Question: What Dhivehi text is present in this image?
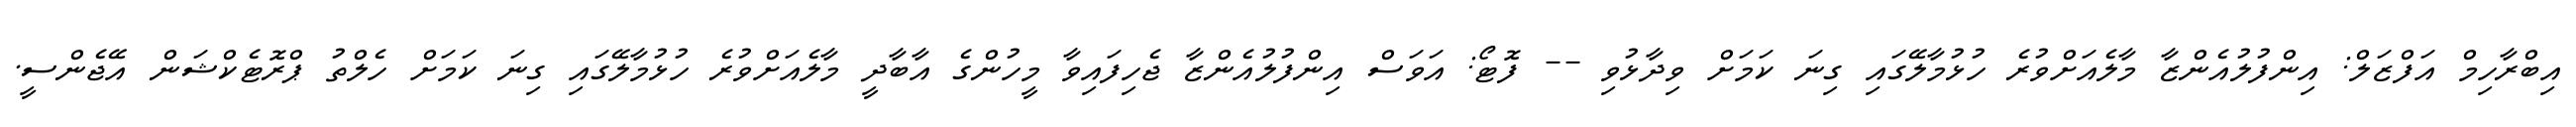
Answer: އިބްރާހިމް އަފްޒަލް: އިންފުލުއެންޒާ މާލެއަށްވުރެ ހުޅުމާލޭގައި ގިނަ ކަމަށް ވިދާޅުވި -- ފޮޓޯ: އަވަސް އިންފުލުއެންޒާ ޖެހިފައިވާ މީހުންގެ އާބާދީ މާލެއަށްވުރެ ހުޅުމާލޭގައި ގިނަ ކަމަށް ހެލްތު ޕްރޮޓެކްޝަން އޭޖެންސީ.